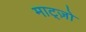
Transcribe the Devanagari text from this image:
माट्ज़ो